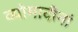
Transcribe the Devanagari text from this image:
व्योमादीनां